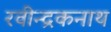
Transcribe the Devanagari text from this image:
रवीन्द्रकनाथ